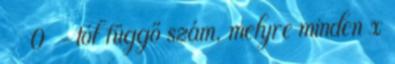
δ ε 0 ε-tól függő szám, melyre minden x